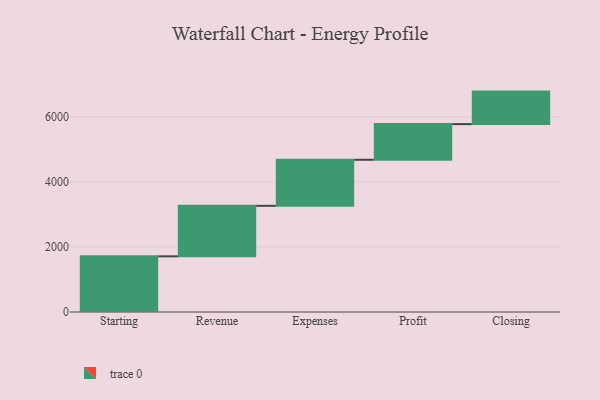
{"axis": {"x": "Step", "y": "Value"}, "legend": [""], "data": [{"x": "Starting", "y": 1712.0, "type": ""}, {"x": "Revenue", "y": 1553.0, "type": ""}, {"x": "Expenses", "y": 1417.0, "type": ""}, {"x": "Profit", "y": 1096.0, "type": ""}, {"x": "Closing", "y": 1000, "type": ""}]}